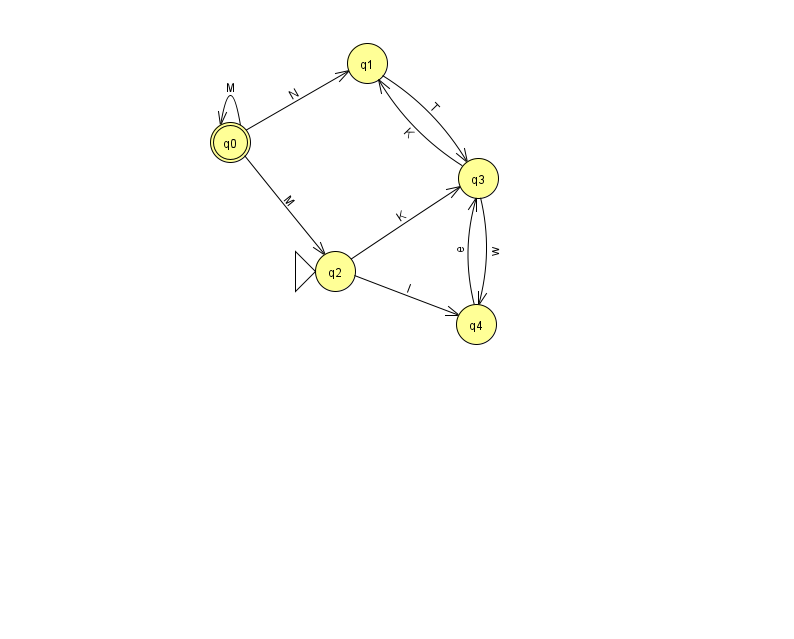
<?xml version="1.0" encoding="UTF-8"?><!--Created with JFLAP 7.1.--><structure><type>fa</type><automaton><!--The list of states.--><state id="0" name="q0"><x>230.0</x><y>129.0</y><final/></state><state id="1" name="q1"><x>367.0</x><y>50.0</y></state><state id="2" name="q2"><x>335.0</x><y>258.0</y><initial/></state><state id="3" name="q3"><x>478.0</x><y>165.0</y></state><state id="4" name="q4"><x>476.0</x><y>311.0</y></state><!--The list of transitions.--><transition><from>0</from><to>2</to><read>M</read></transition><transition><from>2</from><to>3</to><read>K</read></transition><transition><from>2</from><to>4</to><read>I</read></transition><transition><from>3</from><to>1</to><read>K</read></transition><transition><from>4</from><to>3</to><read>e</read></transition><transition><from>0</from><to>1</to><read>N</read></transition><transition><from>3</from><to>4</to><read>w</read></transition><transition><from>1</from><to>3</to><read>T</read></transition><transition><from>0</from><to>0</to><read>M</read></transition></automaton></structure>